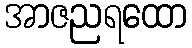
အာဇညရထော